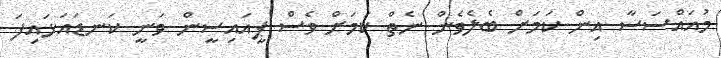
މުއައްސަސާ އިން ކަމަށް ބެލެވެން ނެތް ކަމަށް ވެސް ޕީއައިސީން ވަނީ ކަނޑައަޅައިފަ